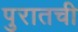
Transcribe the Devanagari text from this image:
पुरातची